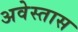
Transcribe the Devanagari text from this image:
अवेस्तास